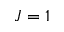
J = 1